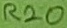
Text: R20